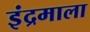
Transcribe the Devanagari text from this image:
इंद्रमाला